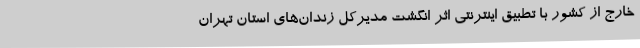
خارج از کشور با تطبیق اینترنتی اثر انگشت مدیرکل زندان‌های استان تهران